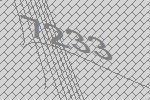
7233